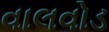
વાલવોડ